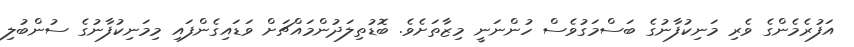
އަފުރެމެންގެ ވެރި މަނިކުފާނުގެ ބަސްމަގުވެސް ހުންނަނީ މިޒާތަށެވެ. ބޮޑުތިލަދުންމައްޗަށް ވަޑައިގެންފައި މިމަނިކުފާނުގެ ސުންބުލި